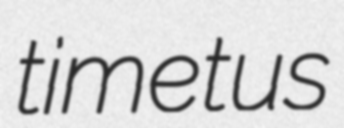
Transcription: timetus